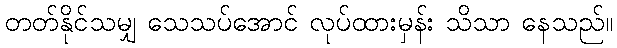
တတ်နိုင်သမျှ သေသပ်အောင် လုပ်ထားမှန်း သိသာ နေသည်။